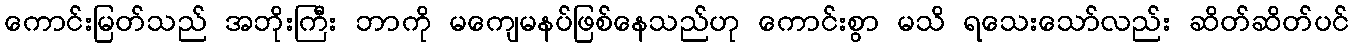
ကောင်းမြတ်သည် အဘိုးကြီး ဘာကို မကျေမနပ်ဖြစ်နေသည်ဟု ကောင်းစွာ မသိ ရသေးသော်လည်း ဆိတ်ဆိတ်ပင်